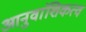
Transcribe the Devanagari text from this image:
आनुवांशिकत्व